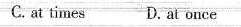
C.at times D. At once